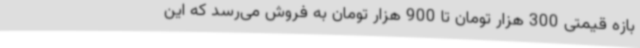
بازه قیمتی 300 هزار تومان تا 900 هزار تومان به فروش می‌رسد که این